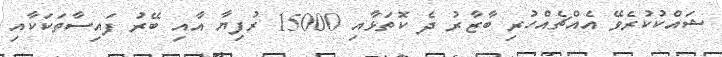
ޝައްކުކުރެވޭ އެއްޗެއްހުރި ބާޒާރު ދެ ކޮަތަޅާއި 15000 ރުފިޔާ އާއި ބޭރު ފައިސާތަކަކާއި